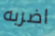
اضربه